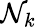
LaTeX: \mathcal{N}_{k}